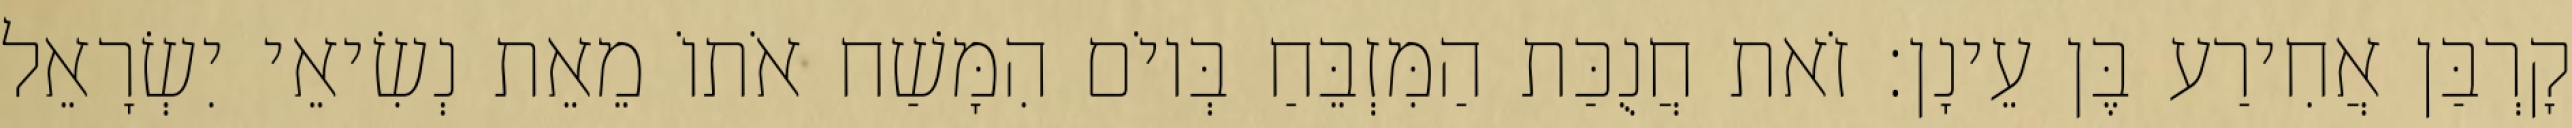
קָרְבַּן אֲחִירַע בֶּן עֵינָן׃ זֹאת חֲנֻכַּת הַמִּזְבֵּחַ בְּיוֹם הִמָּשַׁח אֹתוֹ מֵאֵת נְשִׂיאֵי יִשְׂרָאֵל